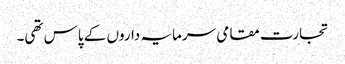
تجارت مقامی سرمایہ داروں کے پاس تھی۔